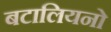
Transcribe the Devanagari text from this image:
बटालियनो